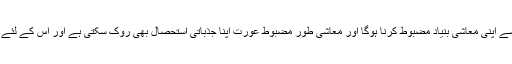
ہمیں وویمن انٹرپرینورشپ کے لیے کانسلنگ کرنی چاہیے عورت کو ترقی کے میدان میں اگر قدم رکھنا ہے تو اسے اپنی معاشی بنیاد مضبوط کرنا ہوگا اور معاشی طور مضبوط عورت اپنا جذباتی استحصال بھی روک سکتی ہے اور اس کے لئے حکومت کو ایسے پلیٹ فارم ترتیب دینے کی ضرورت ہے جو سماجی سطح پر عورت کو خود مختار بنا سکیں ”۔